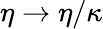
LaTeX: \eta\rightarrow\eta/\kappa